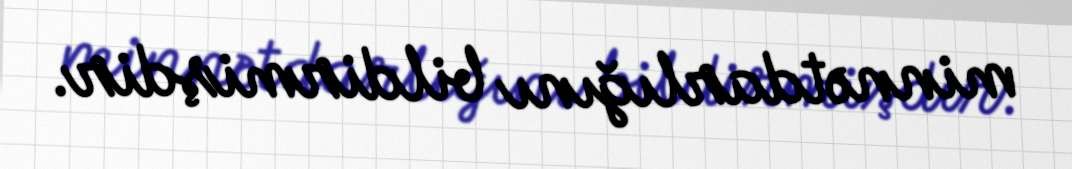
minnətdarlığını bildirmişdir.